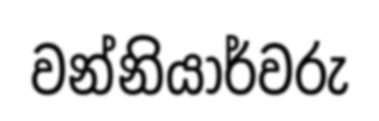
වන්නියාර්වරු